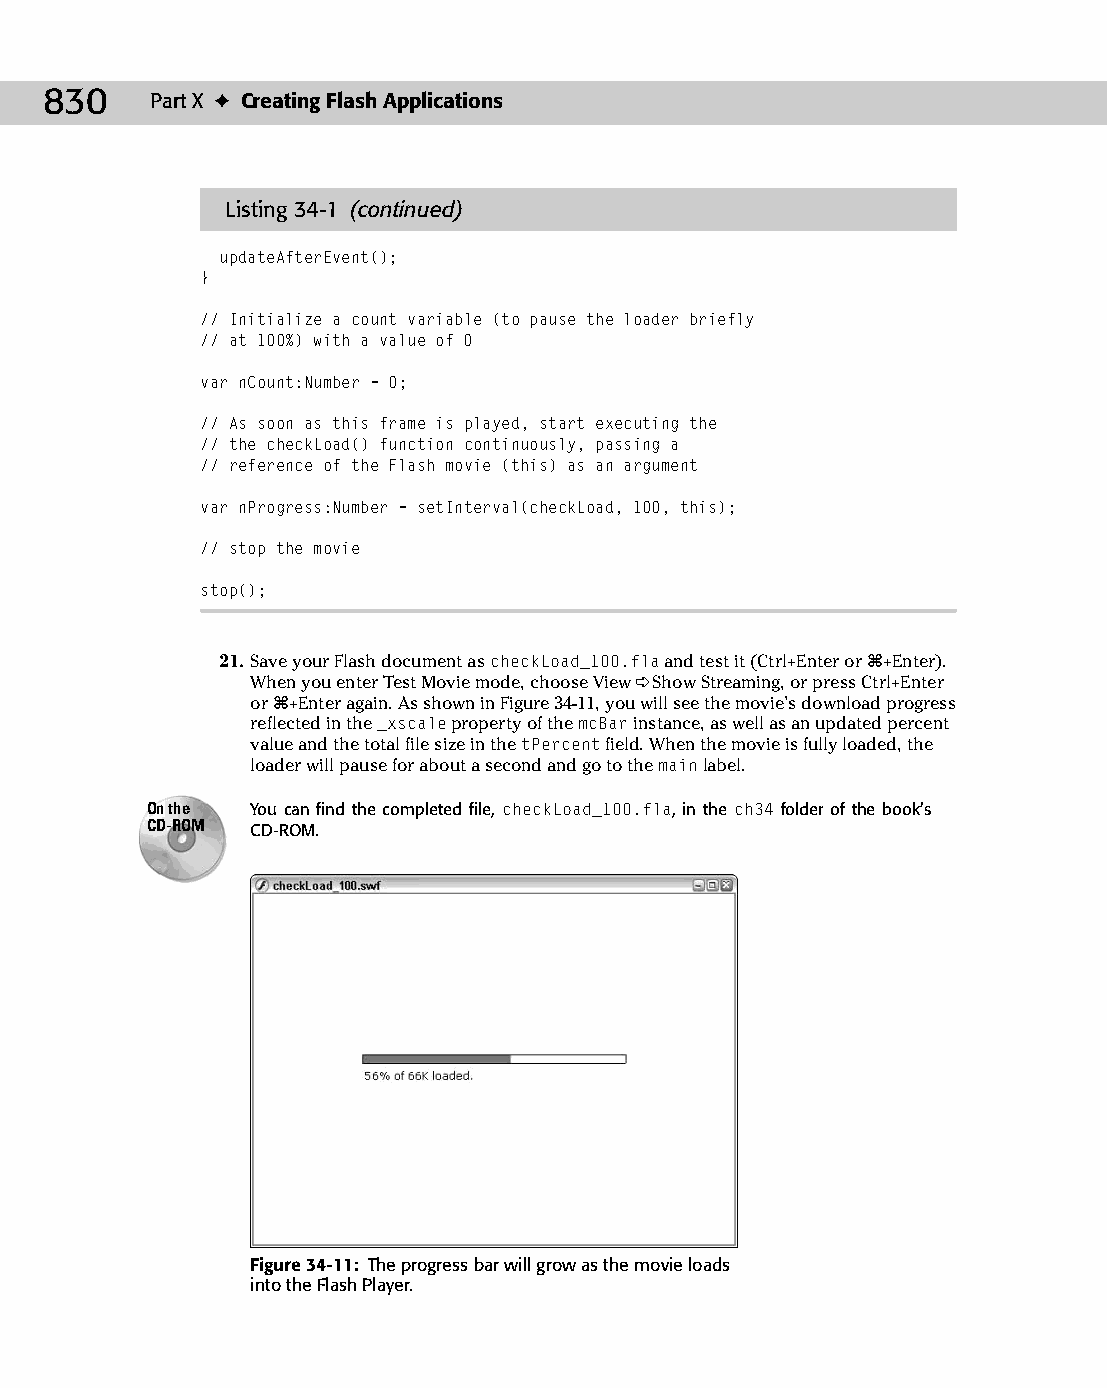
45 543547 ch34.qxd 3/24/04 4:15 PM Page 830
 830    Part X ✦ Creating Flash Applications
 Listing 34-1 (continued)
 updateAfterEvent();
 }
 // Initialize a count variable (to pause the loader briefly
 // at 100%) with a value of 0
 var nCount:Number = 0;
 // As soon as this frame is played, start executing the
 // the checkLoad() function continuously, passing a
 // reference of the Flash movie (this) as an argument
 var nProgress:Number = setInterval(checkLoad, 100, this);
 // stop the movie
 stop();
 21. Save your Flash document as checkLoad_100.fla and test it (Ctrl+Enter or Ô+Enter).
 When you enter Test Movie mode, choose View ➪ Show Streaming, or press Ctrl+Enter
 or Ô+Enter again. As shown in Figure 34-11, you will see the movie’s download progress
 reflected in the _xscale property of the mcBar instance, as well as an updated percent
 value and the total file size in the tPercent field. When the movie is fully loaded, the
 loader will pause for about a second and go to the main label.
 On the You can find the completed file, checkLoad_100.fla, in the ch34 folder of the book’s
 CD-ROM CD-ROM.
 Figure 34-11: The progress bar will grow as the movie loads
 into the Flash Player.